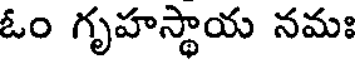
ఓం గృహస్థాయ నమః